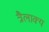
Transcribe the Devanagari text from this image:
त्रैलाक्य